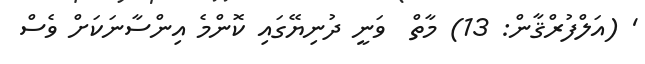
' (އަލްފުރްޤާން: 13) މާތް  ވަނީ ދުނިޔޭގައި ކޮންމެ އިންސާނަކަށް ވެސް